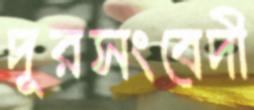
দূরসংবেদী